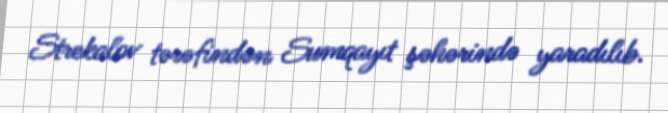
Strekalov tərəfindən Sumqayıt şəhərində yaradılıb.